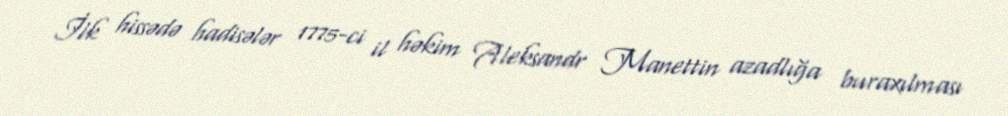
İlk hissədə hadisələr 1775-ci il həkim Aleksandr Manettin azadlığa buraxılması